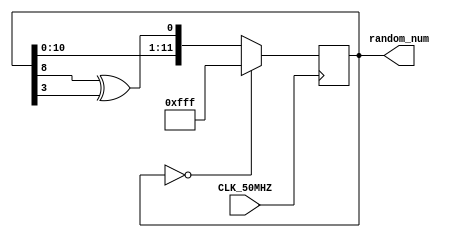
module LFSR(
	input CLK_50MHZ,
	output reg [11:0] random_num
				);	
	initial
		begin
		random_num = 12'b111111111111;
		end		
	always @(posedge CLK_50MHZ) begin
		if (random_num == 0) begin
			random_num <= 12'b111111111111;
		end
		else begin
			random_num <= {random_num[10], 
								random_num[9],
								random_num[8],
								random_num[7],
								random_num[6],
								random_num[5],
								random_num[4],
								random_num[3],
								random_num[2],
								random_num[1],
								random_num[0],
								random_num[8] ^ random_num[3]
								};
		end
	end
	
endmodule